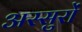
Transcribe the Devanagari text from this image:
अस्सुरों